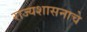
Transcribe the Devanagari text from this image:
राज्यशासनाचे